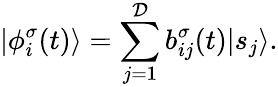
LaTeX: |\phi_{i}^{\sigma}(t)\rangle=\sum_{j=1}^{\mathcal{D}}b_{ij}^{\sigma}(t)|s_{j}\rangle.